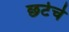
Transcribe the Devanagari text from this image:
छटेचे